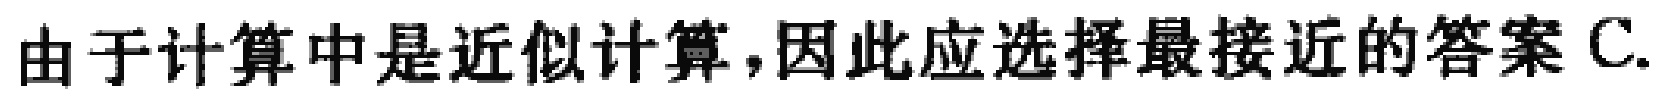
由于计算中是近似计算，因此应选择最接近的答案 C.